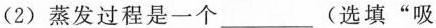
(2)蒸发过程是一个___(选填“吸